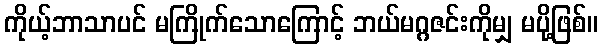
ကိုယ့်ဘာသာပင် မကြိုက်သောကြောင့် ဘယ်မဂ္ဂဇင်းကိုမျှ မပို့ဖြစ်။